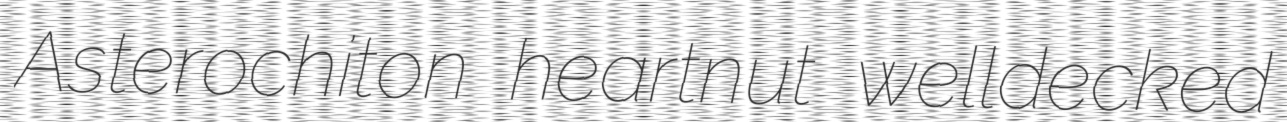
Asterochiton heartnut welldecked